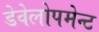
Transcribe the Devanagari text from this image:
डेवेलोपमेन्ट